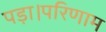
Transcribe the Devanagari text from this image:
पड़ा।परिणाम